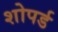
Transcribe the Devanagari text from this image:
शोपर्ड